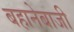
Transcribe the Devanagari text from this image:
बहानेबाजी